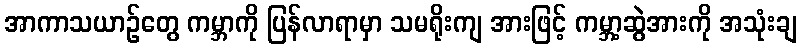
အာကာသယာဉ်တွေ ကမ္ဘာကို ပြန်လာရာမှာ သမရိုးကျ အားဖြင့် ကမ္ဘာ့ဆွဲအားကို အသုံးချ